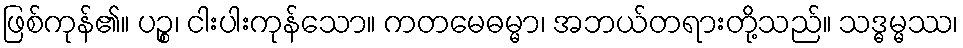
ဖြစ်ကုန်၏။ ပဉ္စ၊ ငါးပါးကုန်သော။ ကတမေဓမ္မာ၊ အဘယ်တရားတို့သည်။ သဒ္ဓမ္မဿ၊